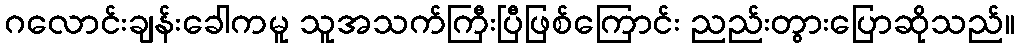
ဂလောင်းချန်းခေါကမူ သူအသက်ကြီးပြီဖြစ်ကြောင်း ညည်းတွားပြောဆိုသည်။